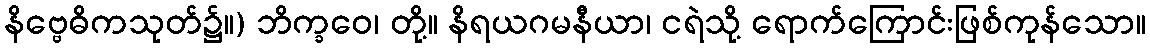
နိဗ္ဗေဓိကသုတ်၌။) ဘိက္ခဝေ၊ တို့။ နိရယဂမနီယာ၊ ငရဲသို့ ရောက်ကြောင်းဖြစ်ကုန်သော။